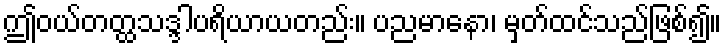
ဤဝယ်တတ္ထသဒ္ဒါပရိယာယတည်း။ ပညမာနော၊ မှတ်ထင်သည်ဖြစ်၍။